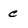
Character: e